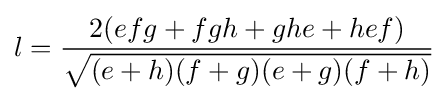
\displaystyle l={\frac {2(efg+fgh+ghe+hef)}{\sqrt {(e+h)(f+g)(e+g)(f+h)}}}